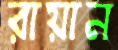
রায়ান